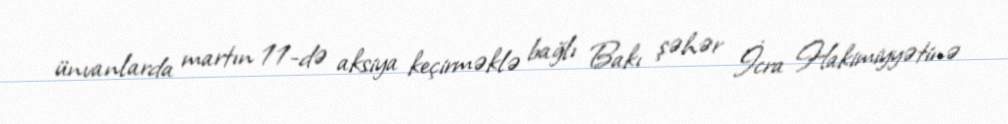
ünvanlarda martın 11-də aksiya keçirməklə bağlı Bakı şəhər İcra Hakimiyyətinə